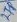
Text: 2TP